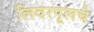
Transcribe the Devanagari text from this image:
लिवरपूलचे